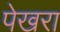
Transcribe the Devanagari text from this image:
पेखरा